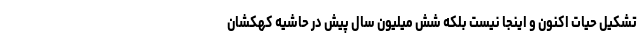
تشکیل حیات اکنون و اینجا نیست بلکه شش میلیون سال پیش در حاشیه کهکشان